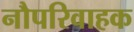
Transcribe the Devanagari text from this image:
नौपरिवाहक